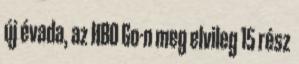
új évada, az HBO Go-n meg elvileg 15 rész